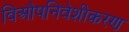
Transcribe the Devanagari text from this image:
विऔपनिवेशीकरण